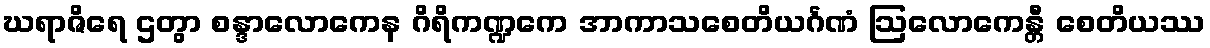
ဃရာဇိရေ ဌတွာ စန္ဒာလောကေန ဂိရိကဏ္ဍကေ အာကာသစေတိယင်္ဂဏံ ဩလောကေန္တီ စေတိယဿ